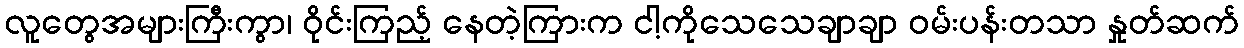
လူတွေအများကြီးကွာ၊ ဝိုင်းကြည့် နေတဲ့ကြားက ငါ့ကိုသေသေချာချာ ဝမ်းပန်းတသာ နှုတ်ဆက်